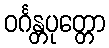
ဝင်္ဂန္တပုတ္တော